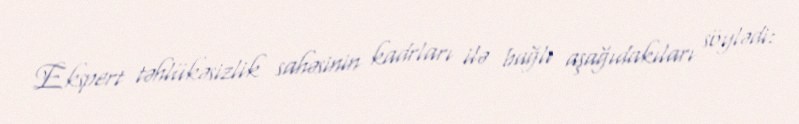
Ekspert təhlükəsizlik sahəsinin kadrları ilə bağlı aşağıdakıları söylədi: